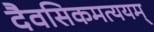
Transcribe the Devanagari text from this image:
दैवसिकमत्ययम्‌